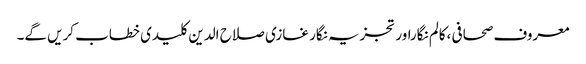
معروف صحافی ،کالم نگاراور تجزیہ نگار غازی صلاح الدین کلیدی خطاب کریں گے۔